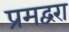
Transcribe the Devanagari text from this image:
प्रमद्वरा